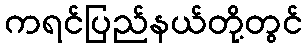
ကရင်ပြည်နယ်တို့တွင်